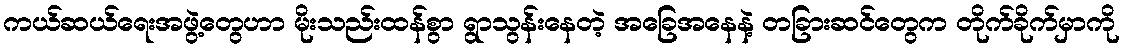
ကယ်ဆယ်ရေးအဖွဲ့တွေဟာ မိုးသည်းထန်စွာ ရွာသွန်းနေတဲ့ အခြေအနေနဲ့ တခြားဆင်တွေက တိုက်ခိုက်မှာကို